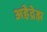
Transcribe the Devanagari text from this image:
अहेद्रेझ